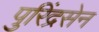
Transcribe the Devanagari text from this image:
पुरिंद्रसेन